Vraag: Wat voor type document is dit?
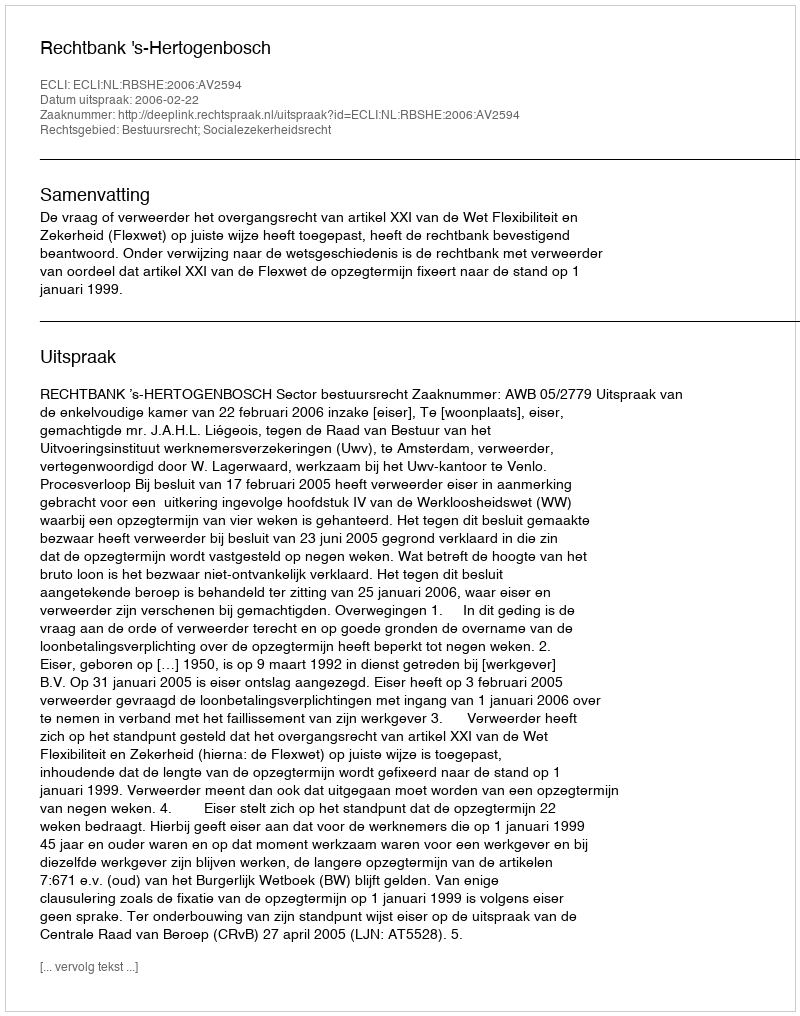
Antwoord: Uitspraak